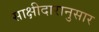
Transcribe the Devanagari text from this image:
साक्षीदारानुसार